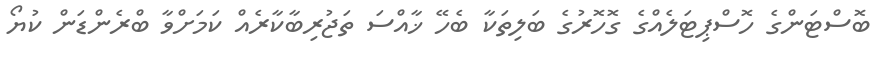
ބޮސްޓަންގެ ހޮސްޕިޓަލެއްގެ ގޮހޮރުގެ ބަލިތަކާ ބެހޭ ޚާއްސަ ތަޖުރިބާކާރެއް ކަމަށްވާ ބްރެންޑަން ކުޔޯ